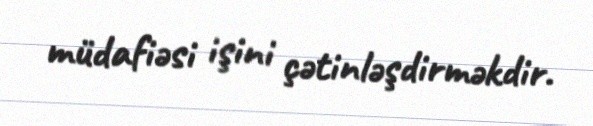
müdafiəsi işini çətinləşdirməkdir.